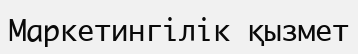
Маркетингілік қызмет